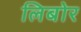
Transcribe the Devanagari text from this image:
लिबोर